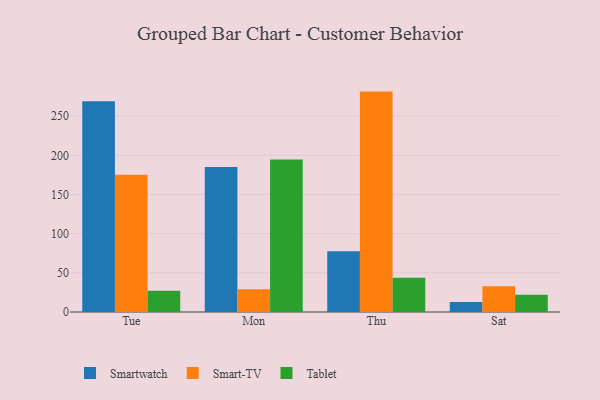
{"axis": {"x": "Day", "y": "Gross Profit (USD K)"}, "legend": ["Smart-TV", "Smartwatch", "Tablet"], "data": [{"x": "Tue", "y": 269.0, "type": "Smartwatch"}, {"x": "Tue", "y": 175.3, "type": "Smart-TV"}, {"x": "Tue", "y": 27.1, "type": "Tablet"}, {"x": "Mon", "y": 185.1, "type": "Smartwatch"}, {"x": "Mon", "y": 28.9, "type": "Smart-TV"}, {"x": "Mon", "y": 194.7, "type": "Tablet"}, {"x": "Thu", "y": 77.5, "type": "Smartwatch"}, {"x": "Thu", "y": 281.4, "type": "Smart-TV"}, {"x": "Thu", "y": 43.6, "type": "Tablet"}, {"x": "Sat", "y": 12.9, "type": "Smartwatch"}, {"x": "Sat", "y": 33.0, "type": "Smart-TV"}, {"x": "Sat", "y": 21.9, "type": "Tablet"}]}